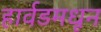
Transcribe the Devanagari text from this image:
हार्वडमधून